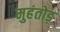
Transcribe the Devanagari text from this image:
मुहंतोड़